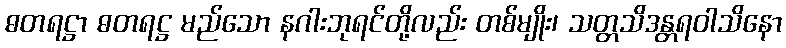
ဓတရဋ္ဌာ ဓတရဋ္ဌ မည်သော နဂါးဘုရင်တို့လည်း တစ်မျိုး၊ သတ္တသိဒန္တရဝါသိနော